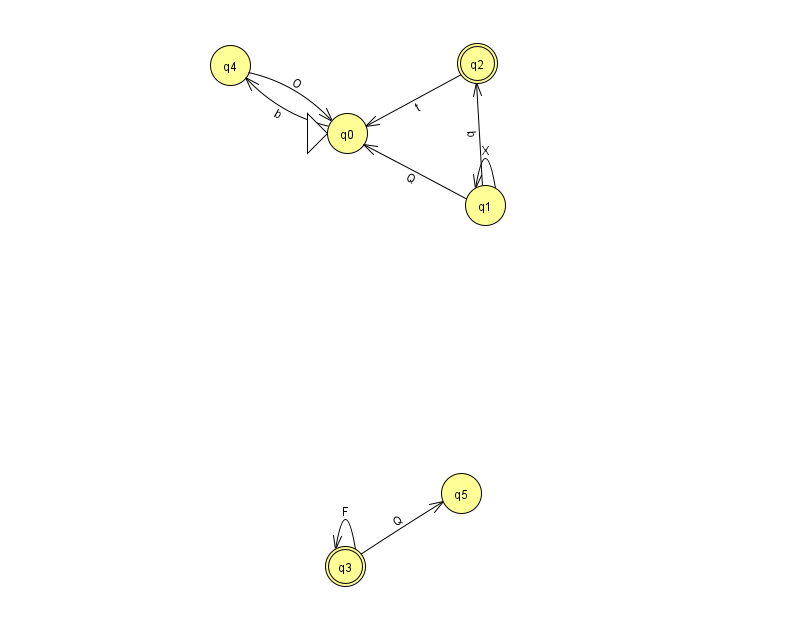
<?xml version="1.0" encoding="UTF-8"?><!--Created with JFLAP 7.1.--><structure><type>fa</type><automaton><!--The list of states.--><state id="0" name="q0"><x>347.0</x><y>120.0</y><initial/></state><state id="1" name="q1"><x>485.0</x><y>192.0</y></state><state id="2" name="q2"><x>477.0</x><y>50.0</y><final/></state><state id="3" name="q3"><x>345.0</x><y>553.0</y><final/></state><state id="4" name="q4"><x>230.0</x><y>52.0</y></state><state id="5" name="q5"><x>461.0</x><y>480.0</y></state><!--The list of transitions.--><transition><from>0</from><to>4</to><read>b</read></transition><transition><from>3</from><to>3</to><read>F</read></transition><transition><from>3</from><to>5</to><read>Q</read></transition><transition><from>1</from><to>2</to><read>b</read></transition><transition><from>1</from><to>1</to><read>X</read></transition><transition><from>1</from><to>0</to><read>Q</read></transition><transition><from>2</from><to>0</to><read>t</read></transition><transition><from>4</from><to>0</to><read>O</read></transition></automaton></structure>